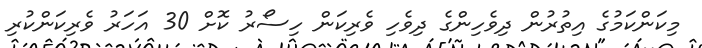
މިކަންކަމުގެ އިތުރުން ދިވެހިންގެ ދިވެހި ވެރިކަން ހިސޯރު ކޮށް 30 އަހަރު ވެރިކަންކުރި